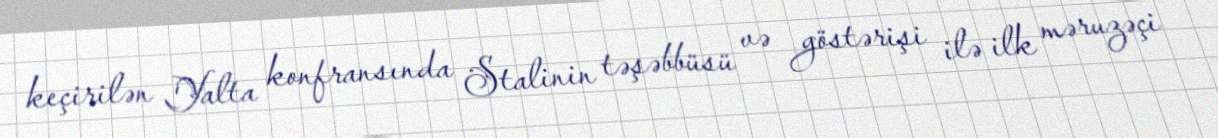
keçirilən Yalta konfransında Stalinin təşəbbüsü və göstərişi ilə ilk məruzəçi